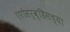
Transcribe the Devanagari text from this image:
एरोसर्व्हिसच्या